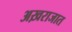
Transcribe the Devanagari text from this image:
अख़राजात